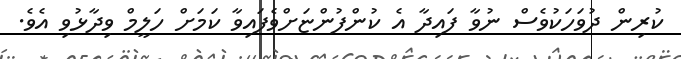
ކުރިން ދުވަހަކުވެސް ނުވާ ފައިދާ އެ ކުންފުންޏަށްވެފައިވާ ކަމަށް ހަލީމް ވިދާޅުވި އެވެ.